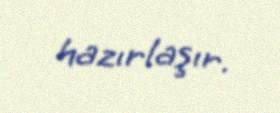
hazırlaşır.